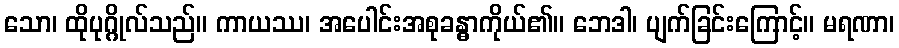
သော၊ ထိုပုဂ္ဂိုလ်သည်။ ကာယဿ၊ အပေါင်းအစုခန္ဓာကိုယ်၏။ ဘေဒါ၊ ပျက်ခြင်းကြောင့်။ မရဏာ၊